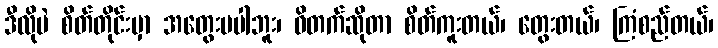
ဒီလိုပဲ စိတ်တိုင်းမှာ အတွေးမပါဘူး၊ ဝိတက်ဆိုတာ စိတ်ကူးတယ်၊ တွေးတယ်၊ ကြံစည်တယ်၊